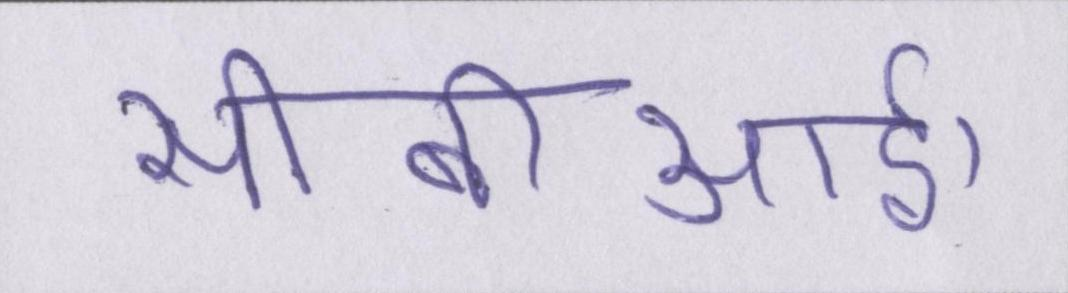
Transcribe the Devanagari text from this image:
सीबीआई।